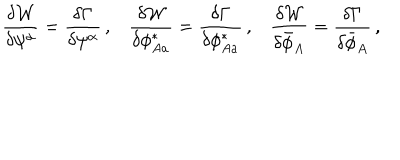
\frac { \delta { \cal W } } { \delta \psi ^ { \alpha } } = \frac { \delta \Gamma } { \delta \psi ^ { \alpha } } \, , \frac { \delta { \cal W } } { \delta \phi _ { A a } ^ { * } } = \frac { \delta \Gamma } { \delta \phi _ { A a } ^ { * } } \, , \frac { \delta { \cal W } } { \delta \bar { \phi } _ { A } } = \frac { \delta \Gamma } { \delta \bar { \phi } _ { A } } \, ,